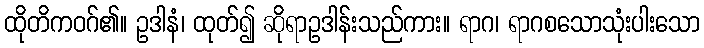
ထိုတိကဝဂ်၏။ ဥဒါနံ၊ ထုတ်၍ ဆိုရာဥဒါန်းသည်ကား။ ရာဂ၊ ရာဂစသောသုံးပါးသော